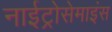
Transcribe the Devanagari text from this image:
नाईट्रोसेमाइंस